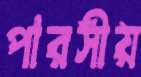
পারসীয়